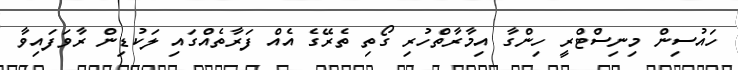
ހައުސިން މިނިސްޓްރީ ހިންގާ އިމާރާތްހުރި ގޯތި ތެރޭގެ އެއް ފަރާތެއްގައި ލަކުޑިން ރާވަފައިވާ